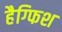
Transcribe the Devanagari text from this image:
हैग्फिश